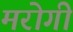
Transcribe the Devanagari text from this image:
मरोगी